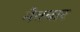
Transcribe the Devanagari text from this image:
नैतवार